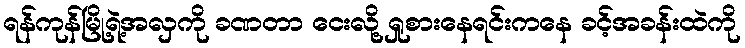
ရန်ကုန်မြို့ရဲ့အလှကို ခဏတာ ငေးလို့ ရှုစားနေရင်းကနေ ခင့်အခန်းထဲကို